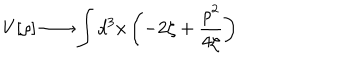
V [ \rho ] \longrightarrow \int d ^ { 3 } x \left( - 2 \zeta + \frac { \rho ^ { 2 } } { 4 \zeta } \right)